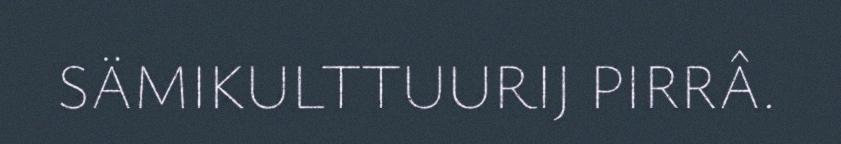
SÄMIKULTTUURIJ PIRRÂ.